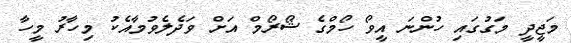
މަޖީދީ މަގުގައި ހުންނަ އީވޯ ހޯމްގެ ޝޯރޯމް އަށް ވަދެލެވުމާއެކު މިހާރު މީހާ